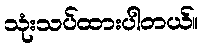
သုံးသပ်ထားပါတယ်။